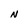
Character: N